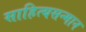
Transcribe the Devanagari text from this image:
साहित्यसन्मान